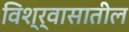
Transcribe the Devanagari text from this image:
विश्र्वासातील